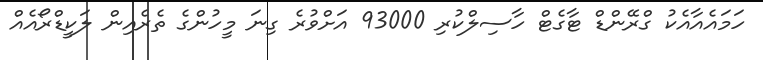
ހަމައެއާއެކު ގްރޭންޑް ޓާގެޓް ހާސިލްކުރި 93000 އަށްވުރެ ގިނަ މީހުންގެ ތެރެއިން ލަކީޑްރޯއެއް